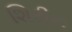
શિરીન